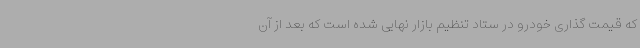
که قیمت گذاری خودرو در ستاد تنظیم بازار نهایی شده است که بعد از آن